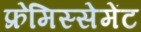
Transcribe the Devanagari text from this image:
फ्रेमिस्सेमेंट